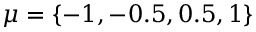
\mu = \{ - 1 , - 0 . 5 , 0 . 5 , 1 \}